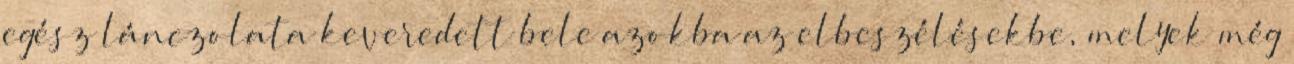
egész lánczolata keveredett bele azokba az elbeszélésekbe, melyek még